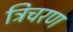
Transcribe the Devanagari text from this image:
त्रिचरण